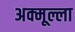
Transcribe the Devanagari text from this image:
अक्मूल्ला